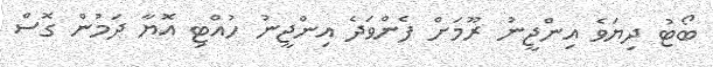
ބޯޓު ދިޔަވެ އިންޖީނު ރޫމަށް ފެންވަދެ އިންޖީނު ހުއްޓި އޮޔާ ދަމުން ގޮސް